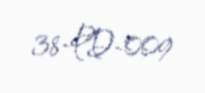
38-PD-009